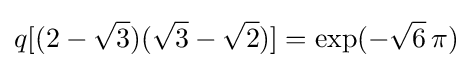
q[(2-{\sqrt {3}})({\sqrt {3}}-{\sqrt {2}})]=\exp(-{\sqrt {6}}\,\pi )